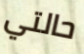
حالتي